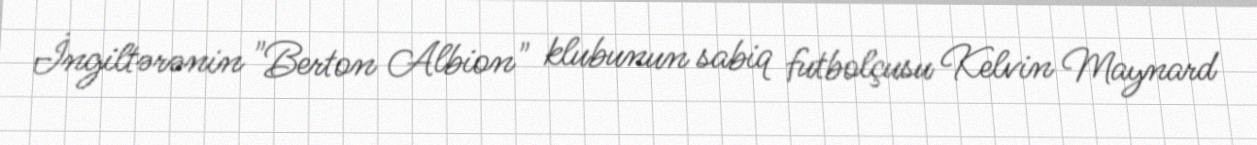
İngiltərənin "Berton Albion" klubunun sabiq futbolçusu Kelvin Maynard